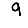
Digit: 9